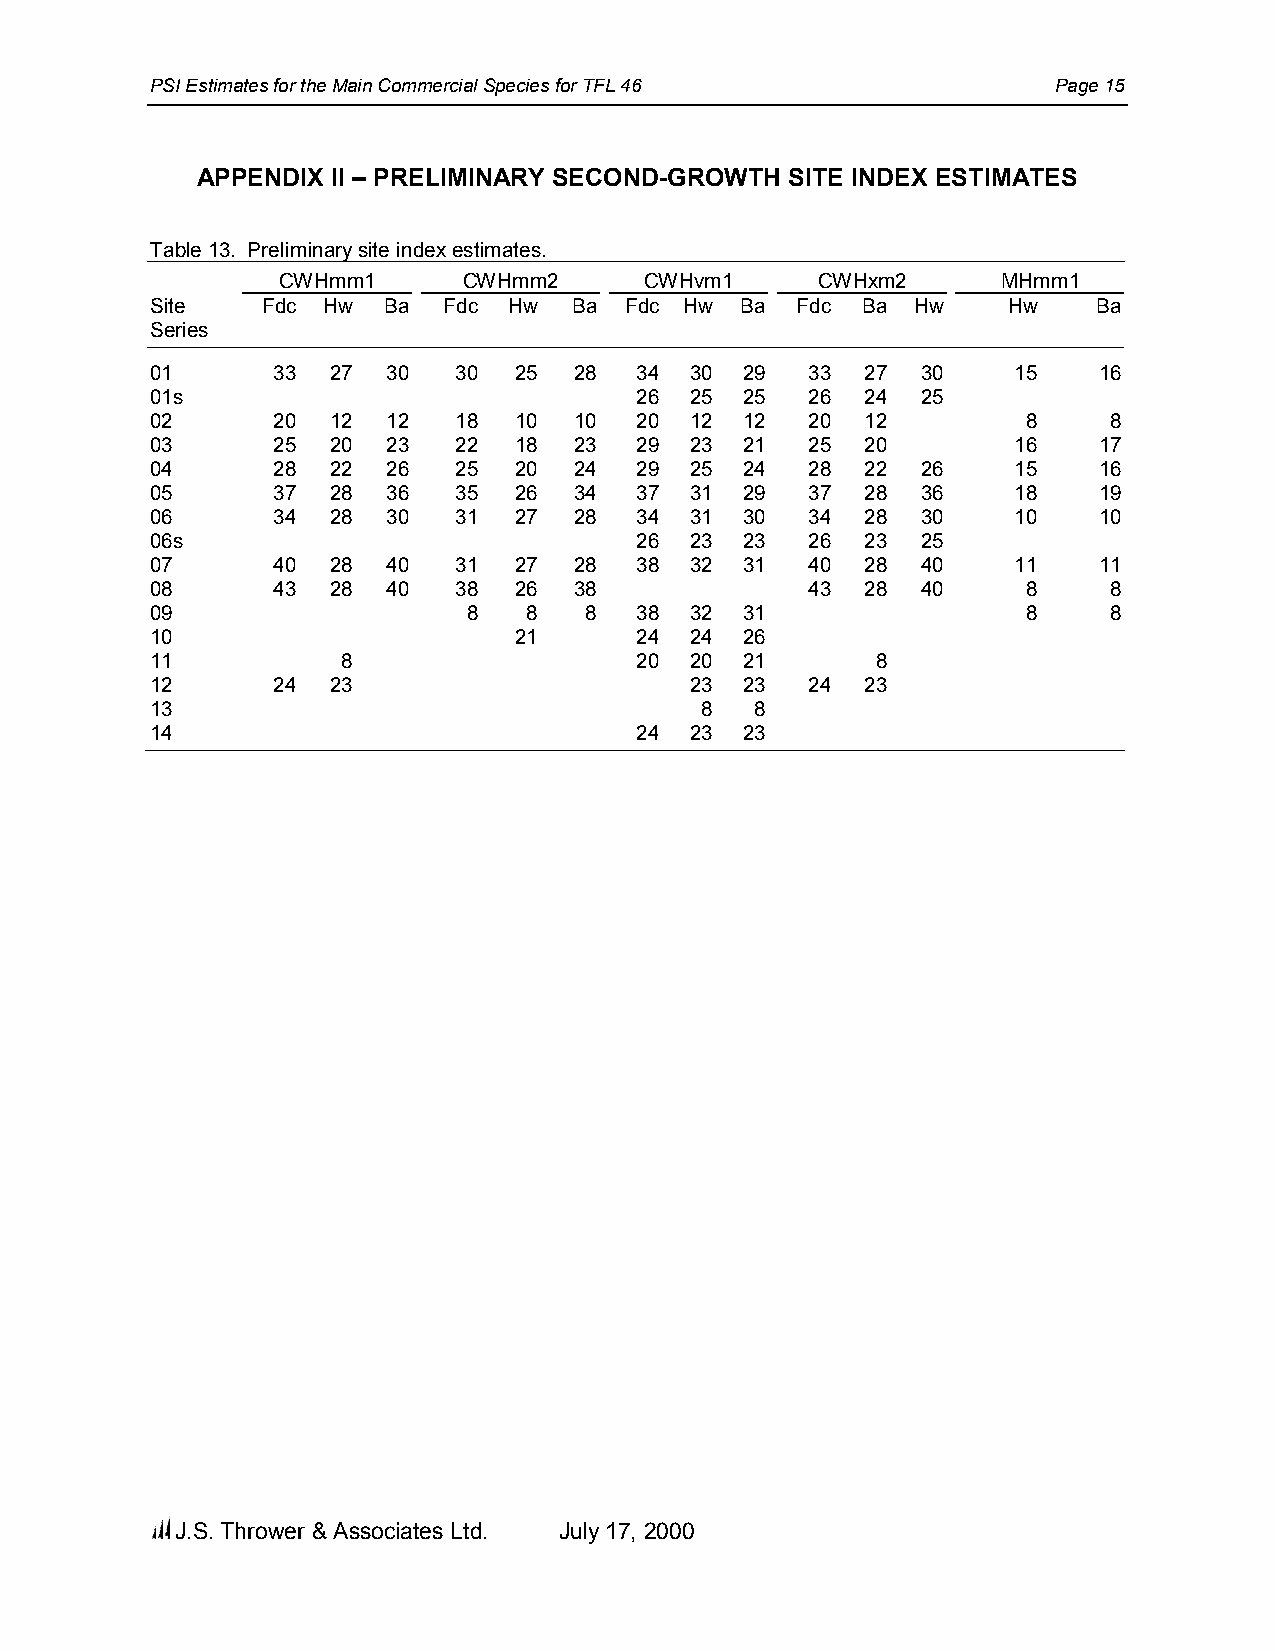
PSI Estimates for the Main Commercial Species for TFL 46    Page 15
 APPENDIX II – PRELIMINARY SECOND-GROWTH SITE INDEX ESTIMATES
 Table 13. Preliminary site index estimates.
 CWHmm1      CWHmm2      CWHvm1     CWHxm2      MHmm1
 Site   Fdc Hw  Ba  Fdc  Hw  Ba Fdc Hw  Ba  Fdc Ba  Hw    Hw    Ba
 Series
 01      33  27  30  30  25  28  34  30 29   33 27  30    15    16
 01s                             26  25 25   26 24  25
 02      20  12  12  18  10  10  20  12 12   20 12         8     8
 03      25  20  23  22  18  23  29  23 21   25 20        16    17
 04      28  22  26  25  20  24  29  25 24   28 22  26    15    16
 05      37  28  36  35  26  34  37  31 29   37 28  36    18    19
 06      34  28  30  31  27  28  34  31 30   34 28  30    10    10
 06s                             26  23 23   26 23  25
 07      40  28  40  31  27  28  38  32 31   40 28  40    11    11
 08      43  28  40  38  26  38              43 28  40     8     8
 09                   8   8   8  38  32 31                 8     8
 10                      21      24  24 26
 11           8                  20  20 21       8
 12      24  23                      23 23   24 23
 13                                  8   8
 14                              24  23 23
 J.S. Thrower & Associates Ltd. July 17, 2000